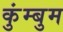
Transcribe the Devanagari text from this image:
कुंम्बुम